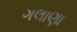
ગલાણા